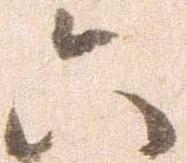
六